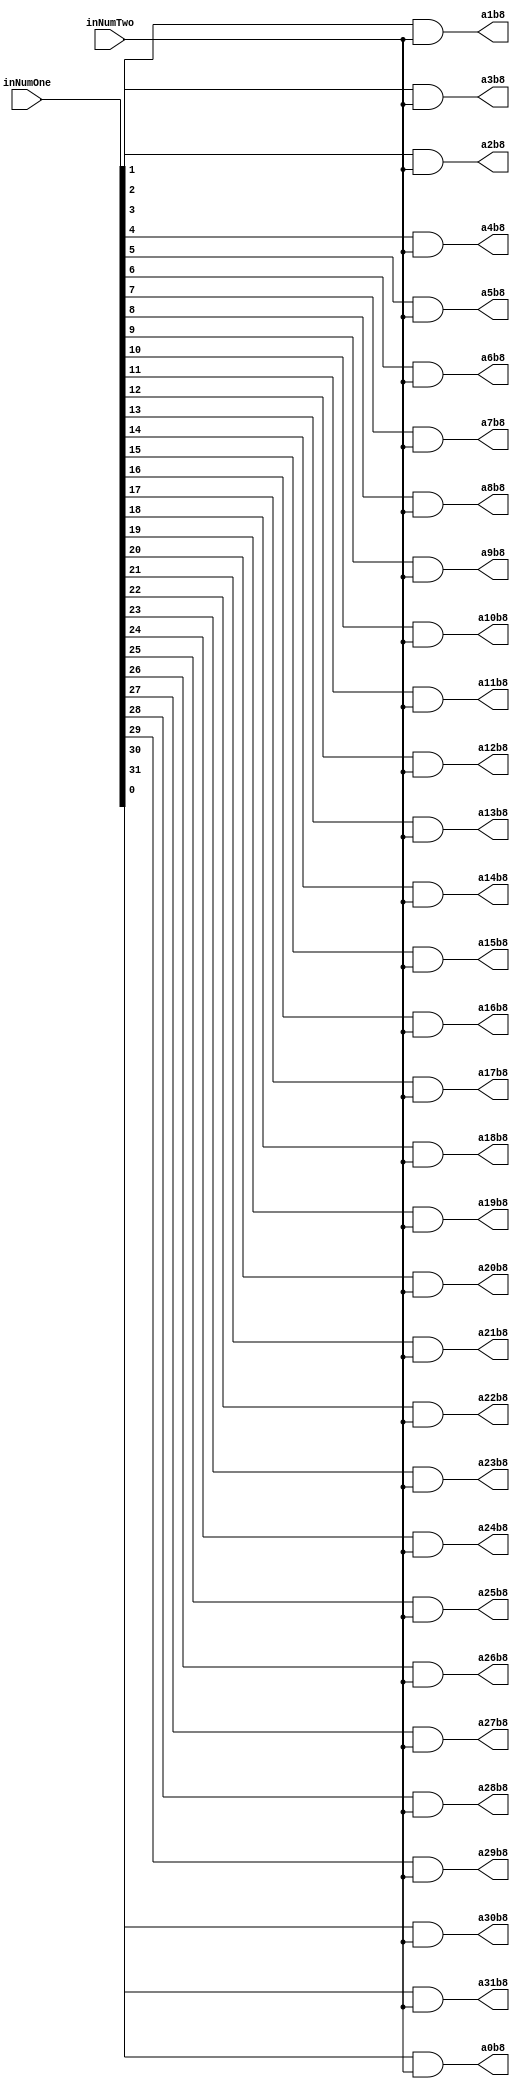
`timescale 1ns / 1ps

module PartialProductRow8(inNumOne,inNumTwo,a0b8,a1b8,a2b8,a3b8,a4b8,a5b8,a6b8,a7b8,a8b8,a9b8,a10b8,a11b8,a12b8,a13b8,a14b8,a15b8,a16b8,a17b8,a18b8,a19b8,a20b8,a21b8,a22b8,a23b8,a24b8,a25b8,a26b8,a27b8,a28b8,a29b8,a30b8,a31b8);
input [31:0] inNumOne;
input inNumTwo;
output reg a0b8,a1b8,a2b8,a3b8,a4b8,a5b8,a6b8,a7b8,a8b8,a9b8,a10b8,a11b8,a12b8,a13b8,a14b8,a15b8,a16b8,a17b8,a18b8,a19b8,a20b8,a21b8,a22b8,a23b8,a24b8,a25b8,a26b8,a27b8,a28b8,a29b8,a30b8,a31b8;

always@(inNumOne,inNumTwo)begin
	a0b8 <= inNumOne[0] & inNumTwo;
	a1b8 <= inNumOne[1] & inNumTwo;
	a2b8 <= inNumOne[2] & inNumTwo;
	a3b8 <= inNumOne[3] & inNumTwo;
	a4b8 <= inNumOne[4] & inNumTwo;
	a5b8 <= inNumOne[5] & inNumTwo;
	a6b8 <= inNumOne[6] & inNumTwo;
	a7b8 <= inNumOne[7] & inNumTwo;
	a8b8 <= inNumOne[8] & inNumTwo;
	a9b8 <= inNumOne[9] & inNumTwo;
	a10b8 <= inNumOne[10] & inNumTwo;
	a11b8 <= inNumOne[11] & inNumTwo;
	a12b8 <= inNumOne[12] & inNumTwo;
	a13b8 <= inNumOne[13] & inNumTwo;
	a14b8 <= inNumOne[14] & inNumTwo;
	a15b8 <= inNumOne[15] & inNumTwo;
	a16b8 <= inNumOne[16] & inNumTwo;
	a17b8 <= inNumOne[17] & inNumTwo;
	a18b8 <= inNumOne[18] & inNumTwo;
	a19b8 <= inNumOne[19] & inNumTwo;
	a20b8 <= inNumOne[20] & inNumTwo;
	a21b8 <= inNumOne[21] & inNumTwo;
	a22b8 <= inNumOne[22] & inNumTwo;
	a23b8 <= inNumOne[23] & inNumTwo;
	a24b8 <= inNumOne[24] & inNumTwo;
	a25b8 <= inNumOne[25] & inNumTwo;
	a26b8 <= inNumOne[26] & inNumTwo;
	a27b8 <= inNumOne[27] & inNumTwo;
	a28b8 <= inNumOne[28] & inNumTwo;
	a29b8 <= inNumOne[29] & inNumTwo;
	a30b8 <= inNumOne[30] & inNumTwo;
	a31b8 <= inNumOne[31] & inNumTwo;
end

endmodule